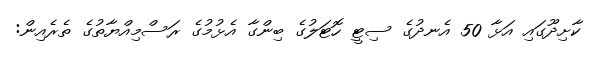
ކާށިދޫގައި އަޅާ 50 އެނދުގެ ސިޓީ ހޮޓަލުގެ ބިންގާ އެޅުމުގެ ރަސްމިއްޔާތުގެ ތެރެއިން: